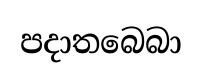
පදාතබෙබා